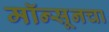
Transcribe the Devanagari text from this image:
मॉन्सूनचा